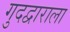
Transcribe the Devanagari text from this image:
गुदद्वाराला